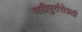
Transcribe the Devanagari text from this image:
परीपुर्ततेप्रती